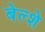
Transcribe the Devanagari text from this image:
बेल्शे